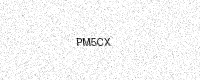
Text: PM5CX